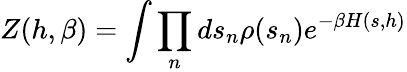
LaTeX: Z(h,\beta)=\int\prod_{n}ds_{n}\rho(s_{n})e^{-\beta H(s,h)}